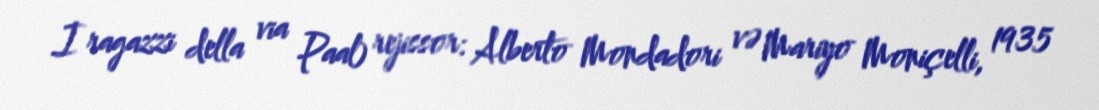
I ragazzi della via Paal) rejissor: Alberto Mondadori və Mariyo Moniçelli, 1935